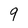
Character: 9